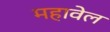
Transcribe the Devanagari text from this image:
महावेल